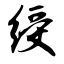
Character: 绶